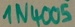
Text: 1N4005